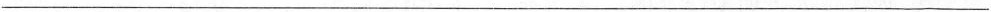
___